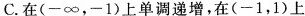
C.在(-∞，-1)上单调递增，在(-1，1)上